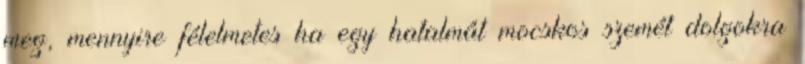
meg, mennyire félelmetes ha egy hatalmát mocskos szemét dolgokra